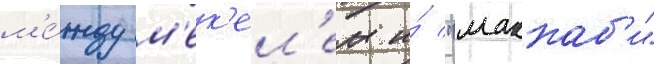
м'е́жду м'ек'ел'ем и́ "маккаб'и"